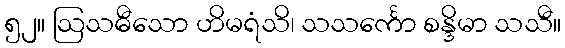
၅၂။ ဩသဓီသော ဟိမရံသိ၊ သသင်္ကော စန္ဒိမာ သသီ။